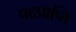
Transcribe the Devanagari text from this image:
पदप्राप्ति